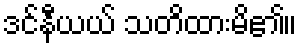
ဒင်နီယယ် သတိထားမိ၏။